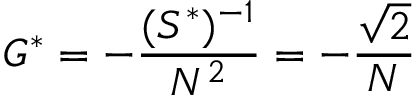
G ^ { * } = - { \frac { ( S ^ { * } ) ^ { - 1 } } { N ^ { 2 } } } = - { \frac { \sqrt 2 } { N } }